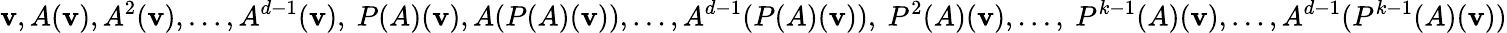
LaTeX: \mathbf{v},A(\mathbf{v}),A^{2}(\mathbf{v}),\ldots,A^{d-1}(\mathbf{v}),~P(A)(\mathbf{v}),A(P(A)(\mathbf{v})),\ldots,A^{d-1}(P(A)(\mathbf{v})),~P^{2}(A)(\mathbf{v}),\ldots,~P^{k-1}(A)(\mathbf{v}),\ldots,A^{d-1}(P^{k-1}(A)(\mathbf{v}))